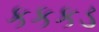
કકકડ